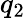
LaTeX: q_{2}